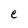
Character: e